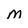
Character: M